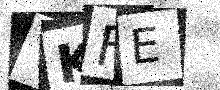
Text: VKFE